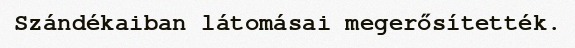
Szándékaiban látomásai megerősítették.